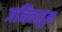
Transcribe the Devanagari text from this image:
जनित्रातून